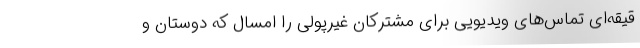
قیقه‌ای تماس‌های ویدیویی برای مشترکان غیرپولی را امسال که دوستان و